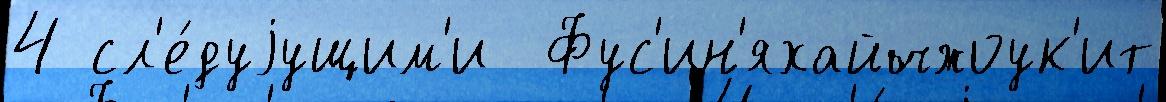
4 сл'е́дуjущим'и  Фус'ин'яхайчжоук'ит